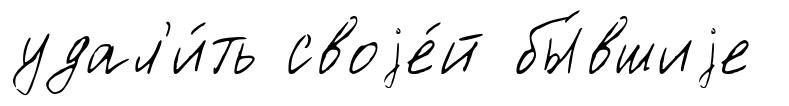
удал'и́ть своjе́й бы́вшиjе